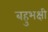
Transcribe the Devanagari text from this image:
बहुभक्षी